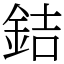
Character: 銡